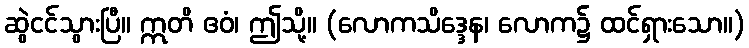
ဆွဲငင်သွားပြီ။ ဣတိ ဧဝံ၊ ဤသို့။ (လောကသိဒ္ဒေန၊ လောက၌ ထင်ရှားသော။)